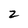
Character: 2